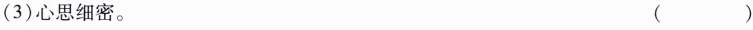
(3)心思细密。 ( )